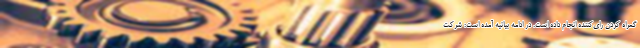
گمراه کردن رای‌کننده انجام داده است. در ادامه بیانیه آمده است: شرکت